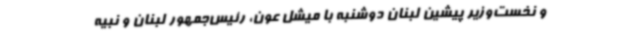
و نخست‌وزیر پیشین لبنان دوشنبه با میشل عون، رئیس‌جمهور لبنان و نبیه